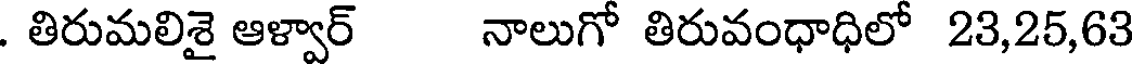
. తిరుమలిశై ఆళ్వార్ నాలుగో తిరువంధాధిలో 23,25,63